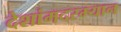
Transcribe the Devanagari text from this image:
देशांमदरम्यान